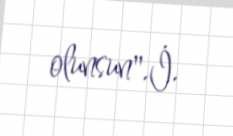
olunsun".İ.